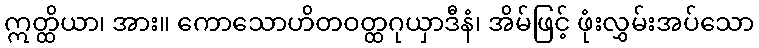
ဣတ္ထိယာ၊ အား။ ကောသောဟိတဝတ္ထဂုယှာဒီနံ၊ အိမ်ဖြင့် ဖုံးလွှမ်းအပ်သော